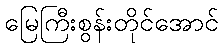
မြေကြီးစွန်းတိုင်အောင်